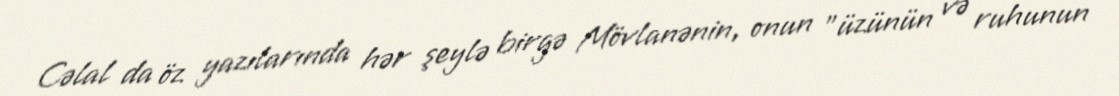
Cəlal da öz yazılarında hər şeylə birgə Mövlanənin, onun "üzünün və ruhunun